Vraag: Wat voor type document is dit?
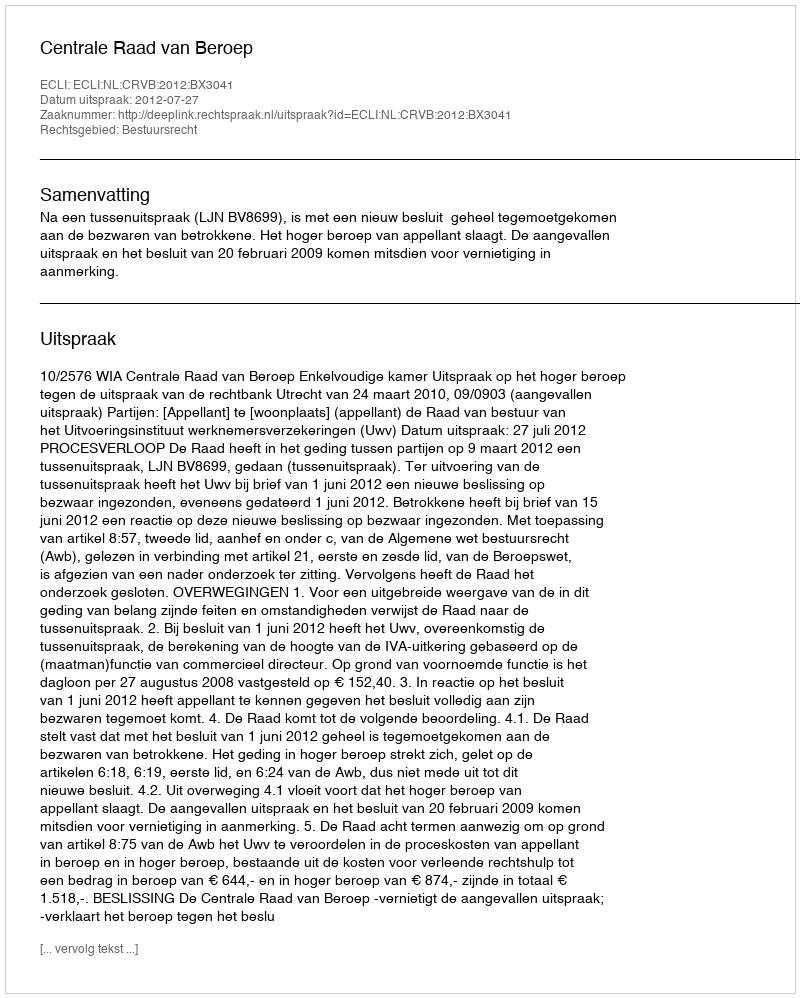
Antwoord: Uitspraak